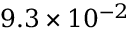
9 . 3 \times 1 0 ^ { - 2 }